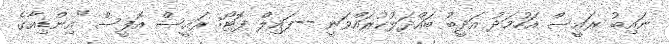
ނައިބު ރައީސް އަހުމަދު އަދީބު ބައްދަލުކުރައްވަނީ --ފައިލް ފޮޓޯ: ރައީސް އޮފީސް "އިންޑިއާގެ